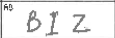
Transcription: BIZ